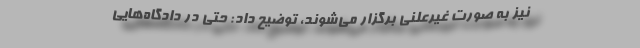
نیز به صورت غیرعلنی برگزار می‌شوند، توضیح داد: حتی در دادگاه‌هایی